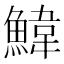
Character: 𮬄